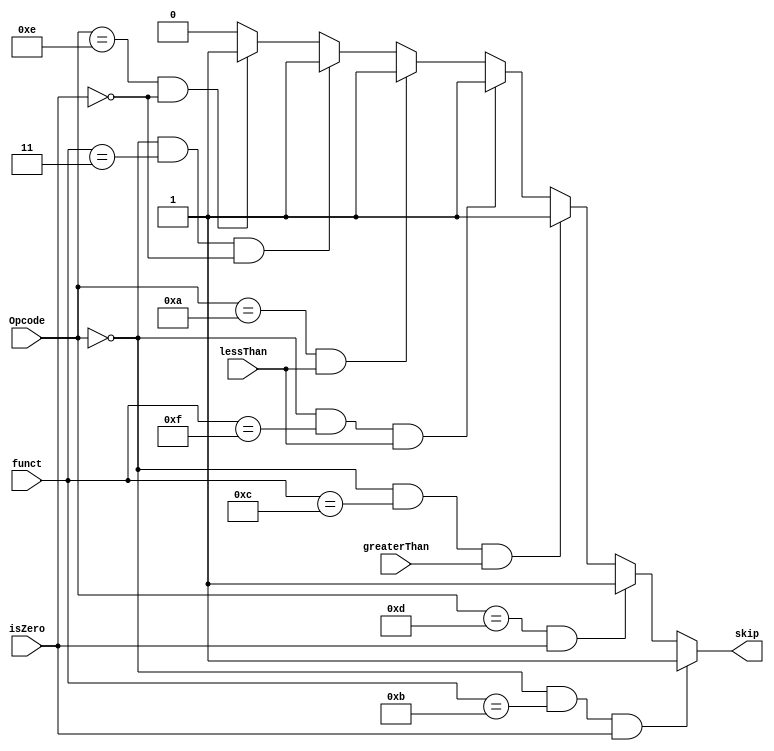
`timescale 1ns / 1ps
//////////////////////////////////////////////////////////////////////////////////
// Company: 
// Engineer: 
// 
// Design Name: 
// Module Name:    miniController 
// Project Name: 
// Target Devices: 
// Tool versions: 
// Description: 
//
// Dependencies: 
//
// Revision: 
// Revision 0.01 - File Created
// Additional Comments: 
//
//////////////////////////////////////////////////////////////////////////////////
module miniController(
    input [3:0] Opcode,
    input isZero,
    input greaterThan,
    input lessThan,
    output reg skip,
    input [3:0] funct
    );

always @ (*) begin
	if(Opcode == 0 && funct == 11 && isZero == 1)  //seq
		skip <= 1;
		
	else if(Opcode == 13 && isZero == 1)//seqi
	   skip <= 1;
		else if(Opcode == 0 && funct == 12 && greaterThan == 1)//sgt
		skip<=1;
		else if(Opcode == 0 && funct == 15 && lessThan == 1)//slt
		skip<=1;
		else if(Opcode == 10 && lessThan == 1)//slti
		skip<=1;
		else if(Opcode == 0 && funct == 3 && isZero == 0)//sne
		skip<=1;
		else if(Opcode == 14  && isZero ==0)//snei
		skip<=1;
		
	else
	skip<=0;
	
	
end

endmodule